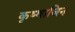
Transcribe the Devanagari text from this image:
कृष्णाजिन